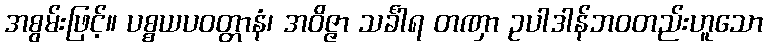
အစွမ်းဖြင့်။ ပစ္စယပဝတ္တာနံ၊ အဝိဇ္ဇာ သင်္ခါရ တဏှာ ဥပါဒါန်ဘဝတည်းဟူသော